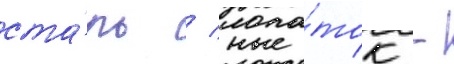
ста́ль / лопа́ток -